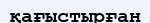
қағыстырған